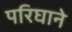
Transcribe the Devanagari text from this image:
परिघाने